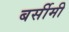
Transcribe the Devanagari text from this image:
बर्सीमी